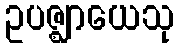
ဥပဇ္ဈာယေသု